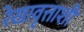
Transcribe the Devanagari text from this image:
रेखावृत्ताशी